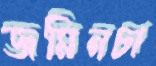
জমিনচা